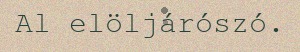
Al elöljárószó.